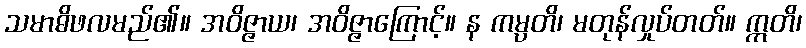
သမာဓိဖလမည်၏။ အဝိဇ္ဇာယ၊ အဝိဇ္ဇာကြောင့်။ န ကမ္ပတိ၊ မတုန်လှုပ်တတ်။ ဣတိ၊